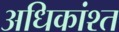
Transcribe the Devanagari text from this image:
अधिकांश्त